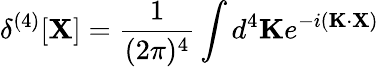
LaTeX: \delta^{(4)}[\mathbf{X}]={\frac{1}{(2\pi)^{4}}}\int d^{4}\mathbf{K}e^{-i(\mathbf{K}\cdot\mathbf{X})}